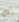
بك